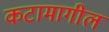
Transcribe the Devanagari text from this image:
कटामागील